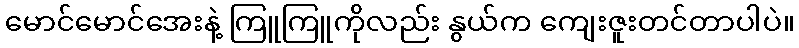
မောင်မောင်အေးနဲ့ ကြူကြူကိုလည်း နွယ်က ကျေးဇူးတင်တာပါပဲ။